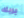
بربك